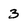
Character: 3